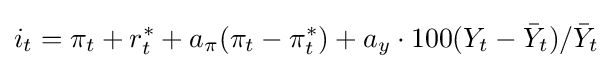
i_{t}=\pi _{t}+r_{t}^{*}+a_{\pi }(\pi _{t}-\pi _{t}^{*})+a_{y}\cdot 100(Y_{t}-{\bar {Y}}_{t})/{\bar {Y}}_{t}